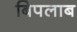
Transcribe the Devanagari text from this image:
बिपलाब